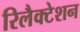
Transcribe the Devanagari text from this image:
रिलैक्टेशन